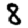
Digit: 8